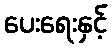
ပေးရေးနှင့်